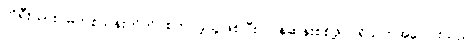
ကိုရီးယားဝမ်တစ်သန်းတိတိ စတင်ခဲ့သူဖြစ်ပြီး ပြန်ဆန်းစစ်ဖို့ ပရိသတ်အပေါင်းသည်